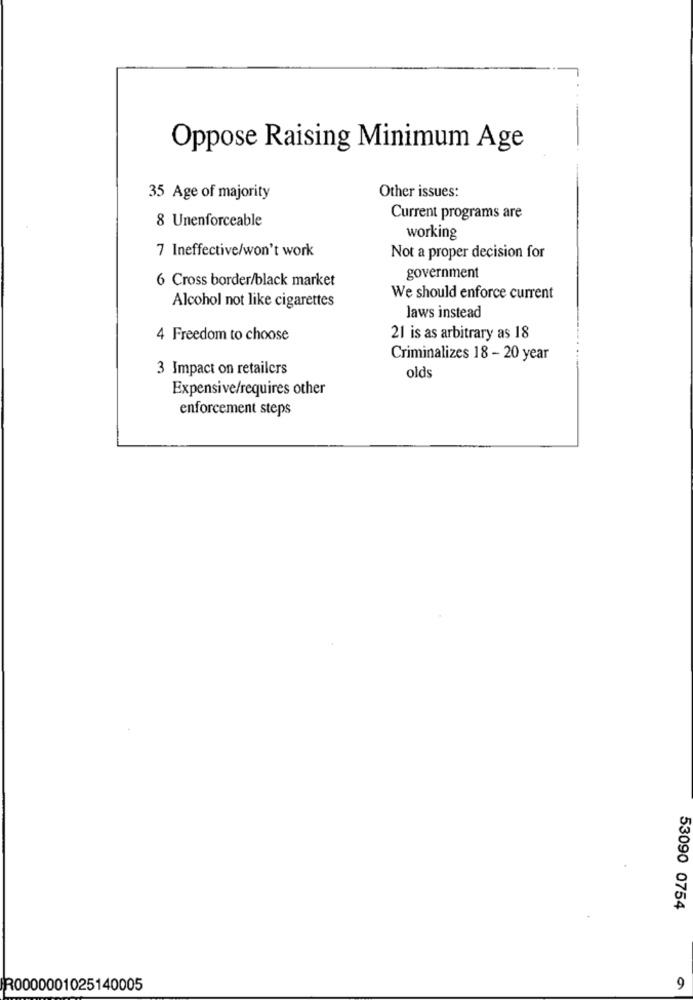
Oppose Raising Minimum Age
35 Age of majority
Other issues:
8 Unenforceable
Current programs are
working
7 Ineffective/won't work
Not a proper decision for
6 Cross border/black market
government
Alcohol not like cigarettes
We should enforce current
laws instead
4 Freedom to choose
21 is as arbitrary as 18
Criminalizes 18 - 20 year
3 Impact on retailers
olds
Expensive/requires other
enforcement steps
53090 0754
R0000001025140005
9